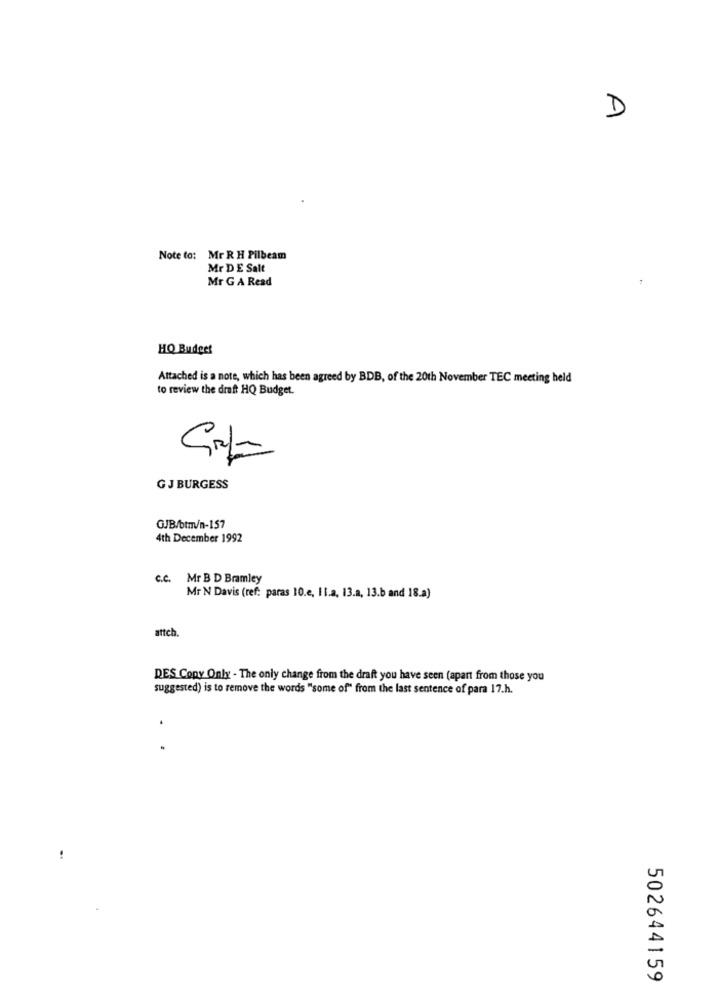
D
Note to: Mr R H Pilbeam
Mr DE Salt
Mr G A Read
HQ Budget
Attached is a note, which has been agreed by BDB, of the 20th November TEC meeting held
to review the draft HQ Budget.
GJ BURGESS
GJB/btm/n-157
4th December 1992
c.c. Mr B D Bramley
Mr N Davis (ref: paras 10.e, Il.a. 13.a, 13.b and 18.a)
attch.
DES Copy Only - The only change from the draft you have seen (apart from those you
suggested) is to remove the words "some of" from the last sentence of para 17.h.
.
502644159